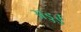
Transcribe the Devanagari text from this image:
अड्डई